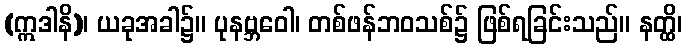
(ဣဒါနိ)၊ ယခုအခါ၌။ ပုနဗ္ဘဝေါ၊ တစ်ဖန်ဘဝသစ်၌ ဖြစ်ရခြင်းသည်။ နတ္ထိ၊